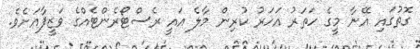
ގޮތުގައި އޭނާ މީގެ ހަތަރު އަހަރު ކުރިން މާލެ އައީ ރެސްޓޯރެންޓެއްގެ ވަޒީފާއަށެވެ.